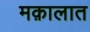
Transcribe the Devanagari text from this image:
मक़ालात